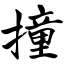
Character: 撞